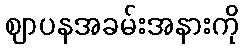
ဈာပနအခမ်းအနားကို